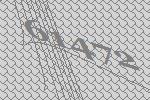
61472